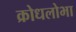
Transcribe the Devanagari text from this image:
क्रोधलोभा